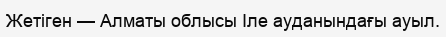
Жетіген — Алматы облысы Іле ауданындағы ауыл.